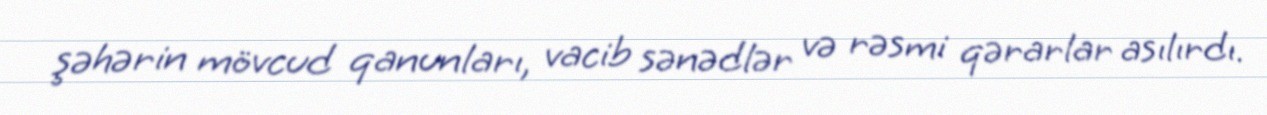
şəhərin mövcud qanunları, vacib sənədlər və rəsmi qərarlar asılırdı.